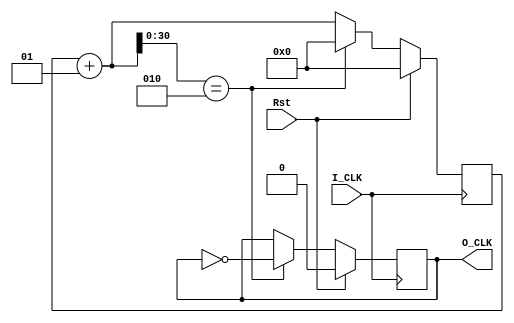
module Divider (
input I_CLK, //
input Rst, //
output O_CLK // 50%
);
    parameter cycle = 4;
    integer cnt = 0;
    reg reg_O_CLK = 0;
    assign O_CLK = reg_O_CLK;
    always @ (posedge I_CLK)
    begin
        if(Rst == 1)
        begin
            cnt <= 0;
            reg_O_CLK <= 0;
        end
        else
        begin
            cnt = cnt + 1;
            if((cnt << 1) == cycle)
            begin
                reg_O_CLK = ~reg_O_CLK;
                cnt = 0;
            end
            
        end
    end

endmodule